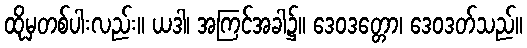
ထိုမှတစ်ပါးလည်း။ ယဒါ၊ အကြင်အခါ၌။ ဒေဝဒတ္တော၊ ဒေဝဒတ်သည်။